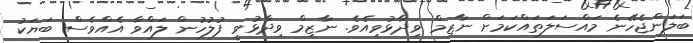
ބަލަންޖެހޭނެ މައްސަލަތައްކަމަށް ނާޒިމް ވިދާޅުވިއެވެ. ނާޒިމް ވިދާޅުވީ ފުލުހުން ލައްވާ އެއްވެސް ބަޔަކު